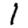
Digit: 1